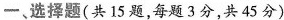
一、选择题(共15题，每题3分，共45分)